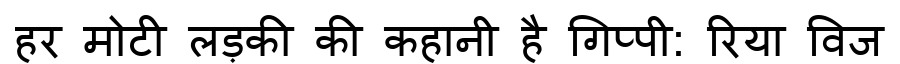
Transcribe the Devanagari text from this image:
हर मोटी लड़की की कहानी है गिप्पी: रिया विज